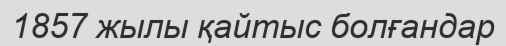
1857 жылы қайтыс болғандар